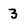
Character: 3